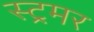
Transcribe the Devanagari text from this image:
स्ट्रमर